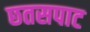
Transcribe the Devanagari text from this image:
छतसपाट